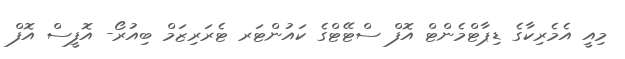
މިއީ އެމެރިކާގެ ޑިޕާޓްމެންޓް އޮފް ސްޓޭޓްގެ ކައުންޓަރ ޓެރަރިޒަމް ބިއުރޯ- އޮފީސް އޮފް